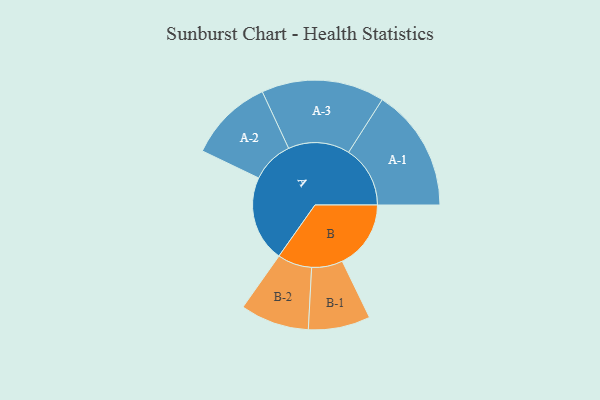
{"axis": {"x": "Segment", "y": "Value"}, "legend": ["", "A", "B"], "data": [{"x": "A", "y": 400, "type": ""}, {"x": "B", "y": 319, "type": ""}, {"x": "A-1", "y": 286, "type": "A"}, {"x": "A-2", "y": 196, "type": "A"}, {"x": "A-3", "y": 286, "type": "A"}, {"x": "B-1", "y": 144, "type": "B"}, {"x": "B-2", "y": 160, "type": "B"}]}